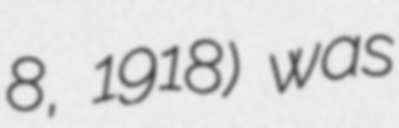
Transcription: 8, 1918) was